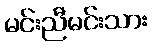
မင်းညီမင်းသား